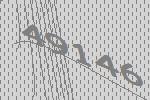
49146